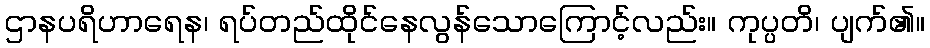
ဌာနပရိဟာရေန၊ ရပ်တည်ထိုင်နေလွန်သောကြောင့်လည်း။ ကုပ္ပတိ၊ ပျက်၏။